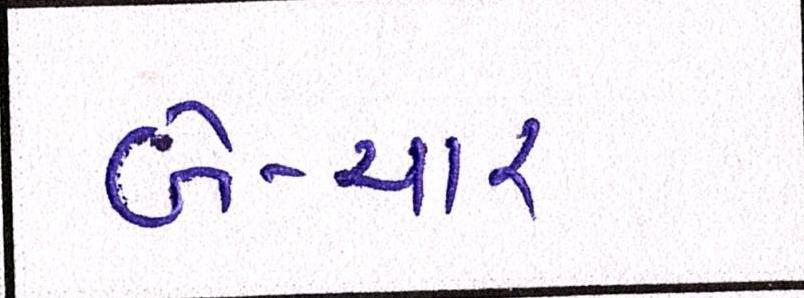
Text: બે-ચાર